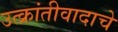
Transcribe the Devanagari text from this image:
उत्क्रांतीवादाचे